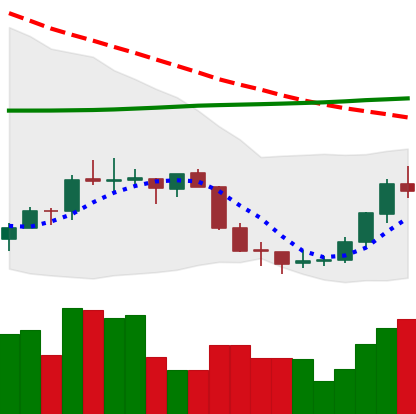
Ticker: EOS-USD
Chart end date: 2018-07-18
Forward return: -7.502%
Label: down_7plus